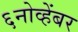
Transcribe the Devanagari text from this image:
६नोव्हेंबर